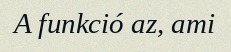
A funkció az, ami